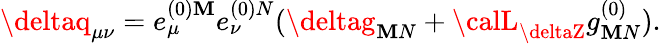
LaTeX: \deltaq_{\mu\nu}=e_{\mu}^{(0)\mathbf{M}}e_{\nu}^{(0)N}(\deltag_{\mathbf{M}N}+{\calL}_{\deltaZ}g_{\mathbf{M}N}^{(0)}).